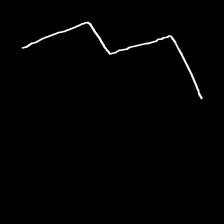
Glyph: crush